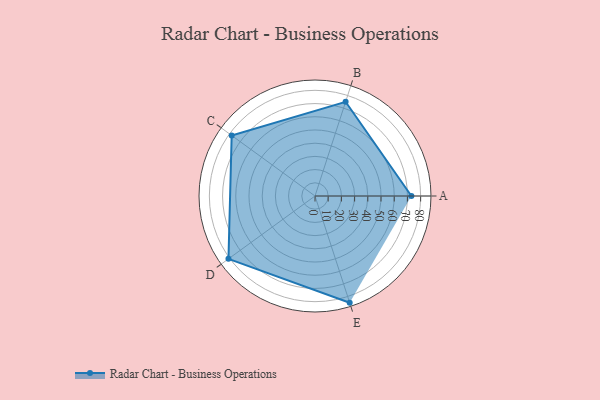
{"axis": {"x": "Skill", "y": "Score"}, "legend": ["Profile"], "data": [{"x": "A", "y": 73.0, "type": "Profile"}, {"x": "B", "y": 75.0, "type": "Profile"}, {"x": "C", "y": 78.0, "type": "Profile"}, {"x": "D", "y": 81.0, "type": "Profile"}, {"x": "E", "y": 85.0, "type": "Profile"}]}